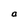
Character: a